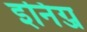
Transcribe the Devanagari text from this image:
इनिंग्ज